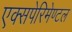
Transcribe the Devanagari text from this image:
एक्सपेरिमेण्टल